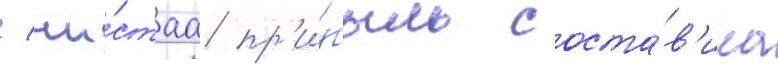
/ чи́стаа пр'и́быль соста́в'ила